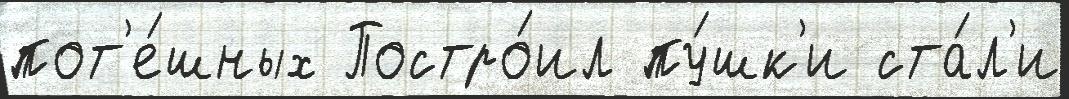
пот'е́шных Постро́ил пу́шк'и ста́л'и